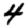
Digit: 4